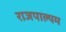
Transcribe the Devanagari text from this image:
राजपाल्यम